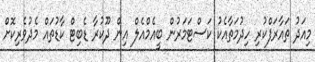
މިއަދު ތައާރަފްކުރި ހިދުމަތާއެކު ކަސްޓަމަރުން ބީއެމްއެލް އިން ދޫކުރާ ޑެބިޓް ކާޑުތައް މެދުވެރިކޮށް